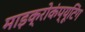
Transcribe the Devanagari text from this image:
माइक्रोकंप्यूटिंग